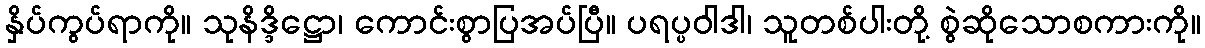
နှိပ်ကွပ်ရာကို။ သုနိဒ္ဒိဋ္ဌော၊ ကောင်းစွာပြအပ်ပြီ။ ပရပ္ပဝါဒါ၊ သူတစ်ပါးတို့ စွဲဆိုသောစကားကို။